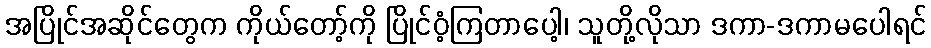
အပြိုင်အဆိုင်တွေက ကိုယ်တော့်ကို ပြိုင်ဝံ့ကြတာပေါ့၊ သူတို့လိုသာ ဒကာ-ဒကာမပေါရင်